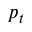
p _ { t }